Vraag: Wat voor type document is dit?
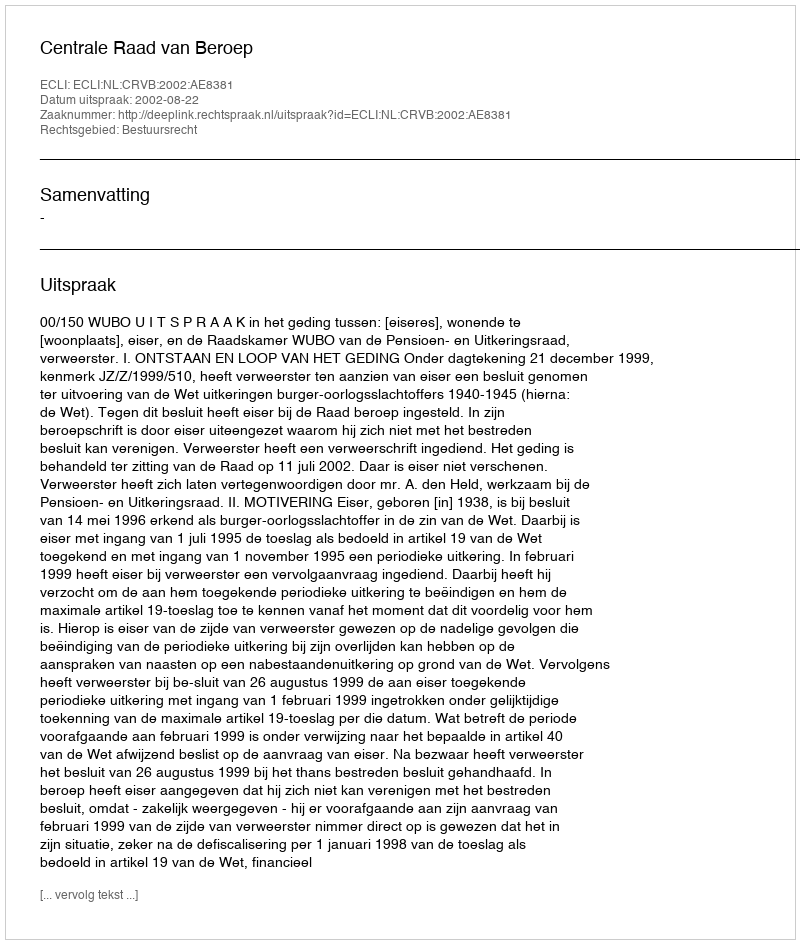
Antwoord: Uitspraak